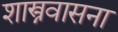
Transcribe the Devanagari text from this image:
शास्त्रवासना